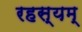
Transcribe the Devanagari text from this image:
रहस्यम्